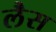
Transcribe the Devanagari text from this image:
लेैस